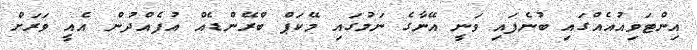
އިންޓަވިއުއެއްގައި ބުނެފައި ވަނީ އޭނާގެ ނަމުގައި މޭކަޕް ބްރޭންޑެއް އުފެއްދުން އެއީ ވަރަށް